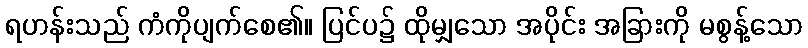
ရဟန်းသည် ကံကိုပျက်စေ၏။ ပြင်ပ၌ ထိုမျှသော အပိုင်း အခြားကို မစွန့်သော